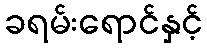
ခရမ်းရောင်နှင့်